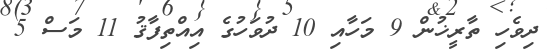
ދިވެހި ތާރީޚުން 9 މަހާއި 10 ދުވަހުގެ އިއްތިފާޤު 11 މަސް 5